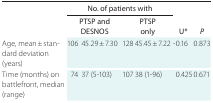
|  | <COLSPAN=4> No. of patients with |  |  |
 |  | <COLSPAN=2> PTSP and DESNOS | <COLSPAN=2> PTSP only | t test; U* | P |
 | --- | --- | --- | --- | --- | --- | --- |
 | Age, mean ± standard deviation (years) | 106 | 45.29 ± 7.30 | 128 | 45.45 ± 7.22 | -0.16 | 0.873 |
 | Time (months) on battlefront, median (range) | 74 | 37 (5-103) | 107 | 38 (1-96) | 0.425 | 0.671 |